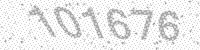
Solution: 101676